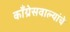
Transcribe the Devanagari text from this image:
काँग्रेसवाल्यांचे